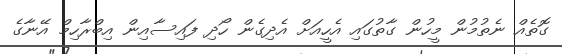
ގޮތެއް ނެތުމުން މީހުން ގާތުގައި އެހީއަށް އެދިގެން ހޯދި ފައިސާއިން އިބްރާހިމް އޭނާގެ